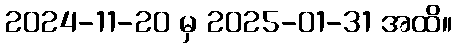
2024-11-20 မှ 2025-01-31 အထိ။